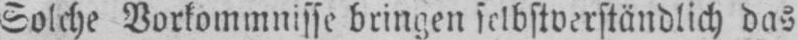
Solche Vorkommnisse bringen selbstverständlich das